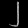
Digit: ၂